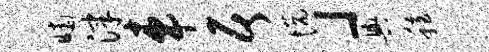
晡津车居悦」舆稳